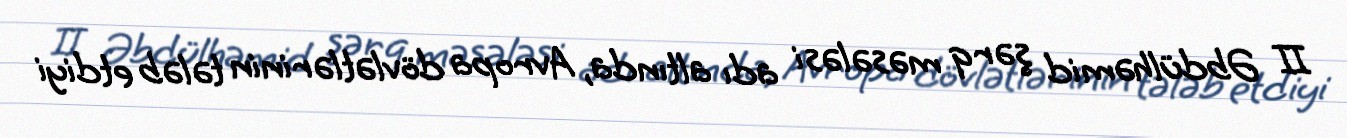
II Əbdülhəmid şərq məsələsi adı altında, Avropa dövlətlərinin tələb etdiyi